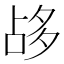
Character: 𡖡